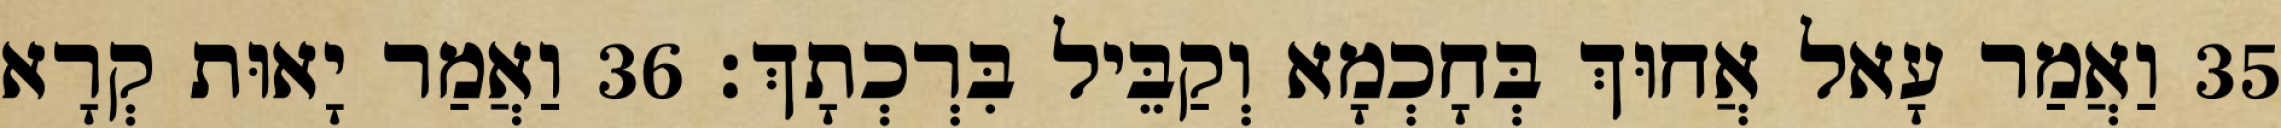
35 וַאֲמַר עָאל אֲחוּךְ בְּחָכְמָא וְקַבֵּיל בִּרְכְתָךְ׃ 36 וַאֲמַר יָאוּת קְרָא